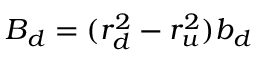
B _ { d } = ( r _ { d } ^ { 2 } - r _ { u } ^ { 2 } ) b _ { d }